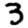
Digit: 3